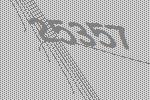
25357